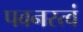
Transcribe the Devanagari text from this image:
पवनस्त्वं